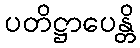
ပတိဋ္ဌာပေန္တိ